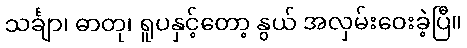
သင်္ချာ၊ ဓာတု၊ ရူပနှင့်တော့ နွယ် အလှမ်းဝေးခဲ့ပြီ။